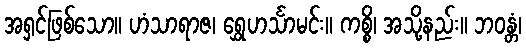
အရှင်ဖြစ်သော။ ဟံသာရာဇ၊ ရွှေဟင်္သာမင်း။ ကစ္စိ၊ အသို့နည်း။ ဘဝန္တံ၊